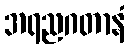
အရညဂတာနံ